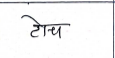
मजकूर: टोच